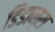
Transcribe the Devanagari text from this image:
डिडान्स